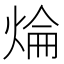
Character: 㷍